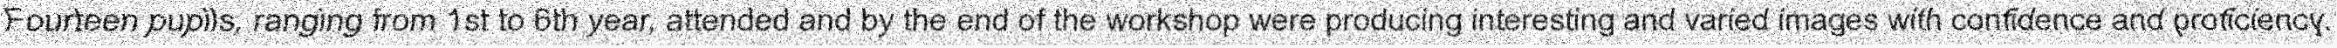
"Fourteen pupils, ranging from 1st to 6th year, attended and by the end of the workshop were producing interesting and varied images with confidence and proficiency."